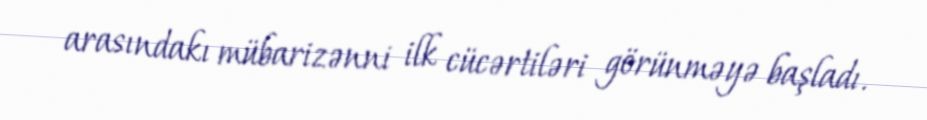
arasındakı mübarizənni ilk cücərtiləri görünməyə başladı.